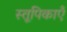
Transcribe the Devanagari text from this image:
स्तूपिकाएँ